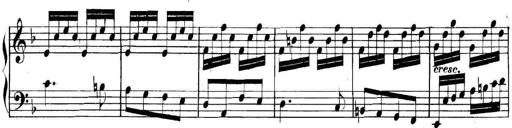
Title: Collected Piano Sonatas
Composer: Muzio Clementi